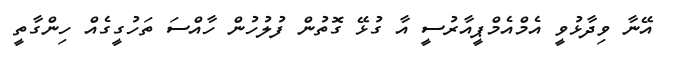
އޭނާ ވިދާޅުވީ އެމްއެމްޕީއާރުސީ އާ ގުޅޭ ގޮތުން ފުލުހުން ހާއްސަ ތަހުގީގެއް ހިންގާތީ